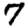
Digit: 7